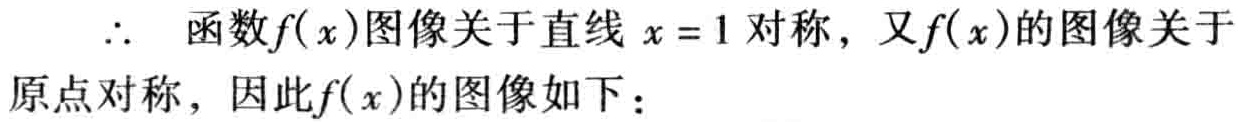
$\therefore$ 函数$f(x)$图像关于直线$x = 1$对称，又$f(x)$的图像关于原点对称，因此$f(x)$的图像如下：